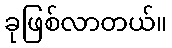
ခုဖြစ်လာတယ်။